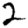
Digit: 2